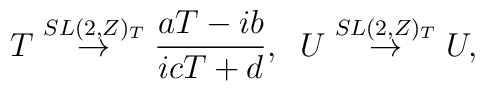
T \stackrel{SL(2,Z)_T}{\rightarrow} \frac{aT-ib}{icT+d},\;\; U \stackrel{SL(2,Z)_T}{\rightarrow} U,